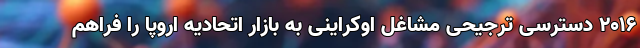
۲۰۱۶ دسترسی ترجیحی مشاغل اوکراینی به بازار اتحادیه اروپا را فراهم